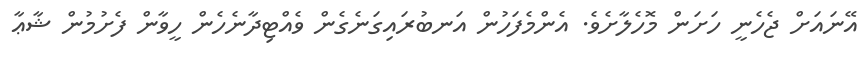
އޭނައަށް ޖެހެނީ ހަށަން މޮހެލާށެވެ. އެންމެފަހުން އަނބުރައިގަނެގެން ވެއްޓިދާނެހެން ހީވާން ފެށުމުން ޝާޢާ